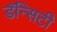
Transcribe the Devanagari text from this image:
डॅन्सिटी